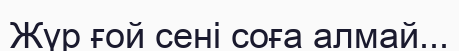
Жүр ғой сені соға алмай...